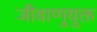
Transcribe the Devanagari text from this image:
जीवाणुयुक्त